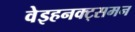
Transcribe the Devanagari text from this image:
वेइहनक्ट्समन